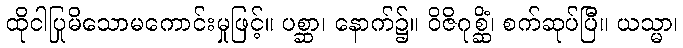
ထိုငါပြုမိသောမကောင်းမှုဖြင့်။ ပစ္ဆာ၊ နောက်၌။ ဝိဇိဂုစ္ဆိံ၊ စက်ဆုပ်ပြီ။ ယသ္မာ၊